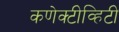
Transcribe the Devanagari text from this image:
कणेक्टीव्हिटी